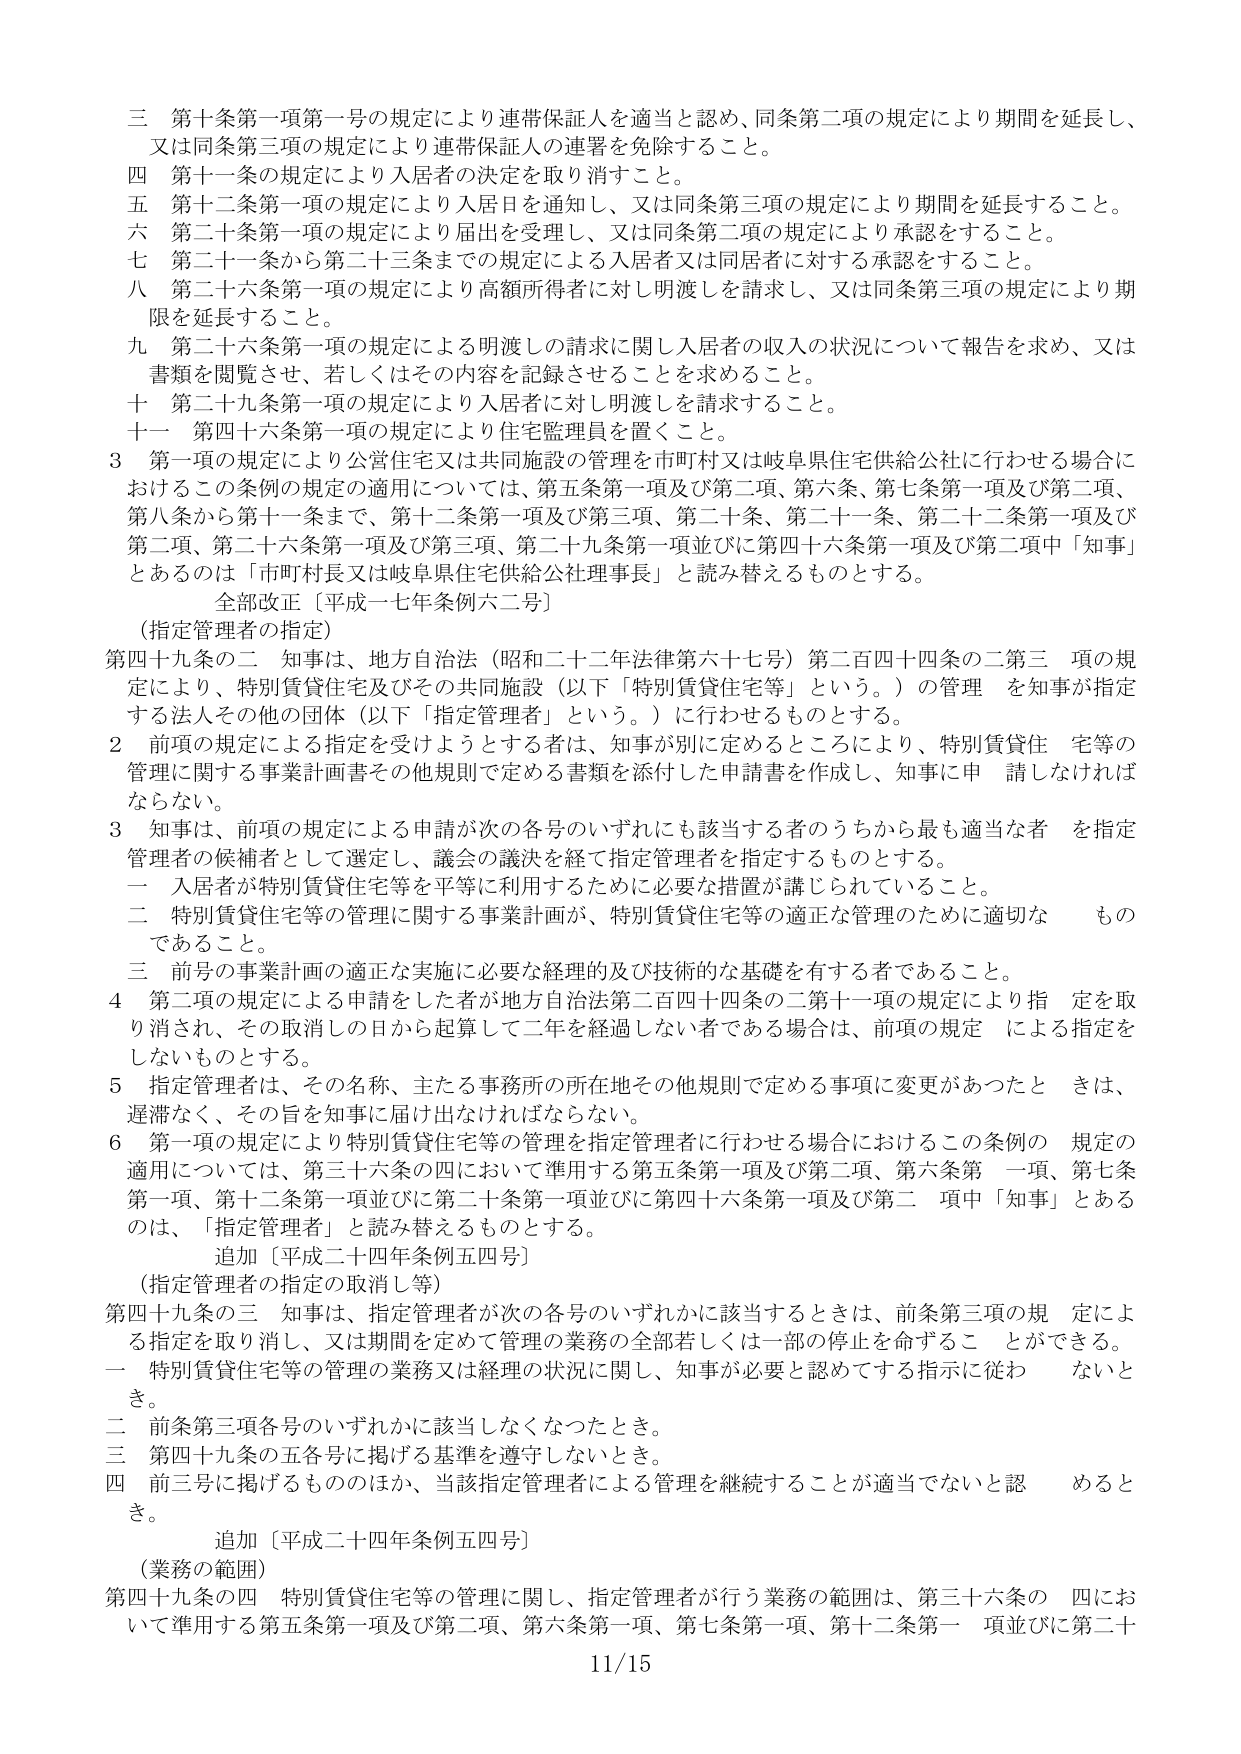
三 第十条第一項第一号の規定により連帯保証人を適当と認め、同条第二項の規定により期間を延長し、又は同条第三項の規定により連帯保証人の連署を免除すること。

四 第十一条の規定により入居者の決定を取り消すこと。

五 第十二条第一項の規定により入居日を通知し、又は同条第三項の規定により期間を延長すること。

六 第二十条第一項の規定により届出を受理し、又は同条第二項の規定により承認をすること。

七 第二十一条から第二十三条までの規定による入居者又は同居者に対する承認をすること。

八 第二十六条第一項の規定により高額所得者に対し明渡しを請求し、又は同条第三項の規定により期限を延長すること。

九 第二十六条第一項の規定による明渡しの請求に関し入居者の収入の状況について報告を求め、又は書類を閲覧させ、若しくはその内容を記録させることを求めるること。

十 第二十九条第一項の規定により入居者に対し明渡しを請求すること。

十一 第四十六条第一項の規定により住宅監理員を置くこと。

3 第一項の規定により公営住宅又は共同施設の管理を市町村又は岐阜県住宅供給公社に行わせる場合におけるこの条例の規定の適用については、第五条第一項及び第二項、第六条、第七条第一項及び第二項、第八条から第十一条まで、第十二条第一項及び第三項、第二十条、第二十一条、第二十二条第一項及び第二項、第二十六条第一項及び第三項、第二十九条第一項並びに第四十六条第一項及び第二項中「知事」とあるのは「市町村長又は岐阜県住宅供給公社理事長」と読み替えるものとする。

全部改正〔平成一七年条例六二号〕

（指定管理者の指定）

第四十九条の二 知事は、地方自治法（昭和二十二年法律第六十七号）第二百四十四条の二第三項の規定により、特別賃貸住宅及びその共同施設（以下「特別賃貸住宅等」という。）の管理を知事が指定する法人その他の団体（以下「指定管理者」という。）に行わせるものとする。

2 前項の規定による指定を受けようとする者は、知事が別に定めるところにより、特別賃貸住宅等の管理に関する事業計画書その他規則で定める書類を添付した申請書を作成し、知事に申請しなければならない。

3 知事は、前項の規定による申請が次の各号のいずれにも該当する者のうちから最も適当な者を指定管理者の候補者として選定し、議会の議決を経て指定管理者を指定するものとする。

一 入居者が特別賃貸住宅等を平等に利用するために必要な措置が講じられていること。

二 特別賃貸住宅等の管理に関する事業計画が、特別賃貸住宅等の適正な管理のために適切なものであること。

三 前号の事業計画の適正な実施に必要な経理的及び技術的な基礎を有する者であること。

4 第二項の規定による申請をした者が地方自治法第二百四十四条の二第十一項の規定により指定を取消され、その取消しの日から起算して二年を経過しない者である場合は、前項の規定による指定をしないものとする。

5 指定管理者は、その名称、主たる事務所の所在地その他規則で定める事項に変更があったときは、遅滞なく、その旨を知事に届け出なければならない。

6 第一項の規定により特別賃貸住宅等の管理を指定管理者に行わせる場合におけるこの条例の規定の適用については、第三十六条の四において準用する第五条第一項及び第二項、第六条第一項、第七条第一項、第十二条第一項並びに第二十条第一項並びに第四十六条第一項及び第二項中「知事」とあるのは、「指定管理者」と読み替えるものとする。

追加〔平成二十四年条例五四号〕

（指定管理者の指定の取消し等）

第四十九条の三 知事は、指定管理者が次の各号のいずれかに該当するときは、前条第三項の規定による指定を取り消し、又は期間を定めて管理の業務の全部若しくは一部の停止を命ずることができる。

一 特別賃貸住宅等の管理の業務又は経理の状況に関し、知事が必要と認めてする指示に従わないとき。

二 前条第三項各号のいずれかに該当しなくなったとき。

三 第四十九条の五各号に掲げる基準を遵守しないとき。

四 前三号に掲げるもののほか、当該指定管理者による管理を継続することが適当でないと認めるとき。

追加〔平成二十四年条例五四号〕

（業務の範囲）

第四十九条の四 特別賃貸住宅等の管理に関し、指定管理者が行う業務の範囲は、第三十六条の四において準用する第五条第一項及び第二項、第六条第一項、第七条第一項、第十二条第一項並びに第二十

11/15